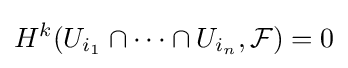
H^{k}(U_{i_{1}}\cap \cdots \cap U_{i_{n}},{\mathcal {F}})=0